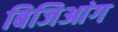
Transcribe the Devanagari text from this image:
बिजिआंग